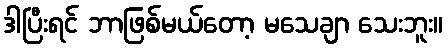
ဒါပြီးရင် ဘာဖြစ်မယ်တော့ မသေချာ သေးဘူး။